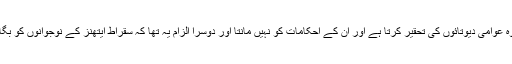
پہلا یہ کہ وہ عوامی دیوتائوں کی تحقیر کرتا ہے اور ان کے احکامات کو نہیں مانتا اور دوسرا الزام یہ تھا کہ سقراط ایتھنز کے نوجوانوں کو بگاڑ رہا ہے ۔